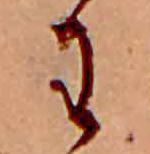
わ